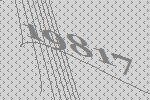
19817